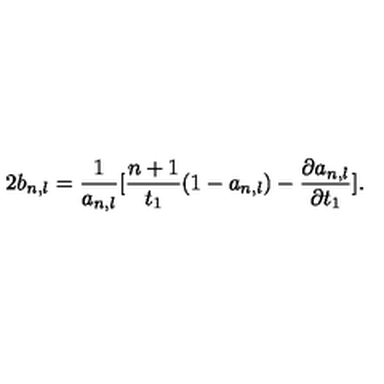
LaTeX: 2 b _ { n , l } = \frac { 1 } { a _ { n , l } } [ \frac { n + 1 } { t _ { 1 } } ( 1 - a _ { n , l } ) - \frac { \partial a _ { n , l } } { \partial t _ { 1 } } ] .